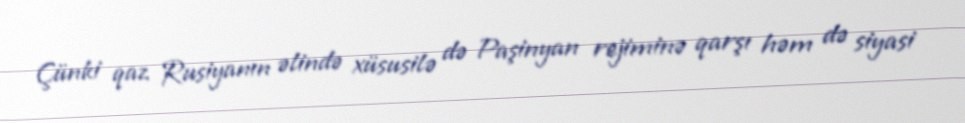
Çünki qaz Rusiyanın əlində xüsusilə də Paşinyan rejiminə qarşı həm də siyasi